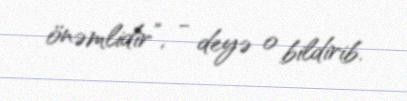
önəmlidir”, - deyə o bildirib.